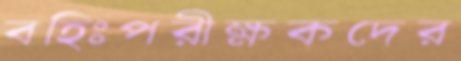
বহিঃপরীক্ষকদের